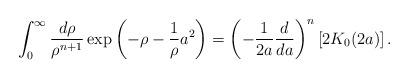
LaTeX: \begin{align*}\int_0^\infty \frac{d\rho}{\rho^{n+1}} \exp\left( -\rho - \frac{1}{\rho} a^2 \right) = \left( -\frac{1}{2a} \frac{d}{da} \right)^n [2K_0(2a)]\, . \end{align*}